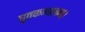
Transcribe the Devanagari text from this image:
घृतकम्बलम।